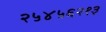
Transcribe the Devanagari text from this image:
२५४५६२१३